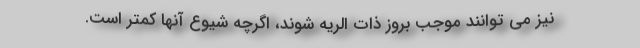
نیز می توانند موجب بروز ذات الریه شوند، اگرچه شیوع آنها کمتر است.